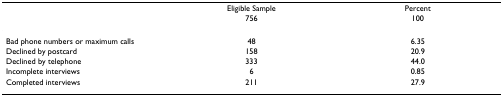
<table><thead><tr><td></td><td><b>Eligible Sample</b></td><td><b>Percent</b></td></tr><tr><td></td><td><b>756</b></td><td><b>100</b></td></tr></thead><tbody><tr><td>Bad phone numbers or maximum calls</td><td>48</td><td>6.35</td></tr><tr><td>Declined by postcard</td><td>158</td><td>20.9</td></tr><tr><td>Declined by telephone</td><td>333</td><td>44.0</td></tr><tr><td>Incomplete interviews</td><td>6</td><td>0.85</td></tr><tr><td>Completed interviews</td><td>211</td><td>27.9</td></tr></tbody></table>